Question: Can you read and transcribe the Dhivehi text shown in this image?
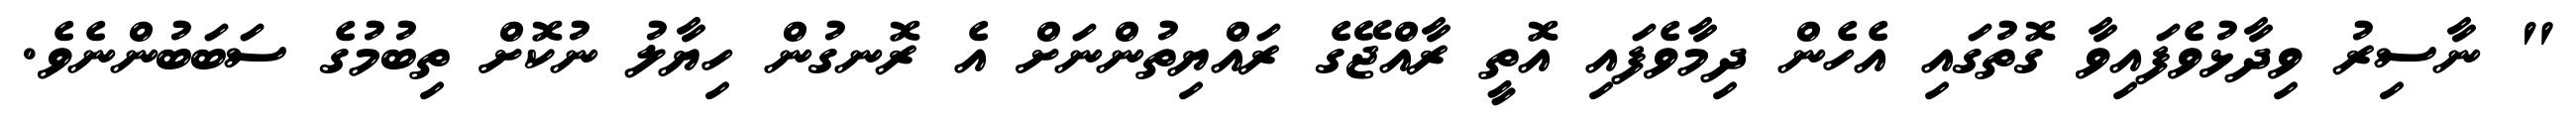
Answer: " ނާސިރު ވިދާޅުވެފައިވާ ގޮތުގައި އެހެން ދިމާވެފައި އޮތީ ރާއްޖޭގެ ރައްޔިތުންނަށް އެ ރޮނގުން ހިޔާލު ނުކޮށް ތިބުމުގެ ސަބަބުންނެވެ.